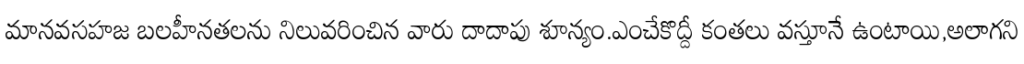
మానవసహజ బలహీనతలను నిలువరించిన వారు దాదాపు శూన్యం.ఎంచేకొద్దీ కంతలు వస్తూనే ఉంటాయి,అలాగని